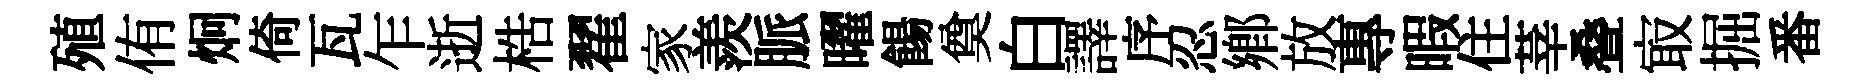
殖侑炯倚瓦乍逝梏翟家羨脈曜餳奠白譯序忍鄉放專暇住莘叠㝡掘番